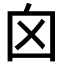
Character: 囟